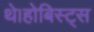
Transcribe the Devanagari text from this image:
थे।होबिस्ट्स